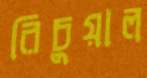
রিচুয়াল